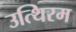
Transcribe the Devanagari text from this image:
उत्थिरम